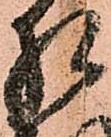
相